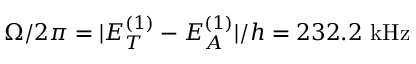
\Omega / 2 \pi = | E _ { T } ^ { ( 1 ) } - E _ { A } ^ { ( 1 ) } | / h = 2 3 2 . 2 ~ \mathrm { { k H z } }